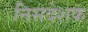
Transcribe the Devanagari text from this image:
निसदेशक